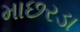
માછરડા